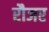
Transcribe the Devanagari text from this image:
रौजर